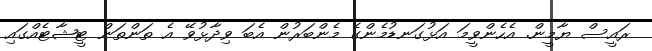
ރައީސް ޔާމީން. އެހެންވީމަ އަޅުގަނޑުމެންގެ މެންބަރުން އެބަ ވިދާޅުވޭ އެ ތަންތަން ޓީޝާޓެއްގައި